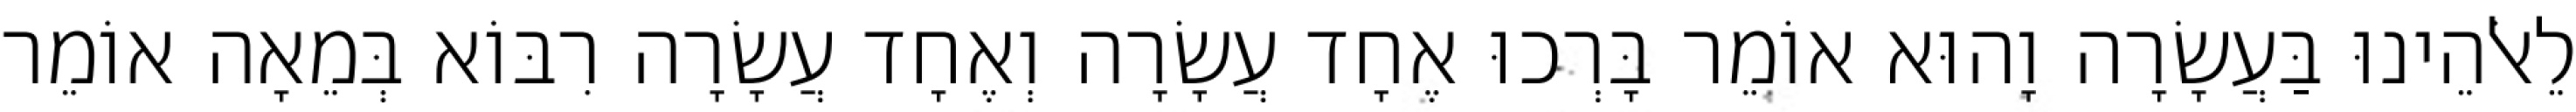
לֵאלֹהֵינוּ בַּעֲשָׂרָה וָהוּא אוֹמֵר בָּרְכוּ אֶחָד עֲשָׂרָה וְאֶחָד עֲשָׂרָה רִבּוֹא בְּמֵאָה אוֹמֵר